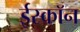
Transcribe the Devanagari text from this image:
ईस्काॅन